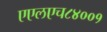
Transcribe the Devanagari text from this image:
एएलएच८४००१